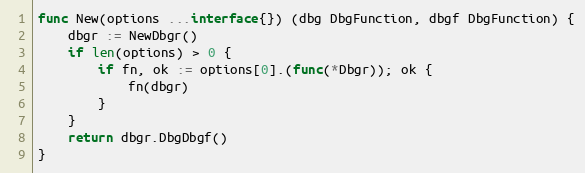
Language: Go
func New(options ...interface{}) (dbg DbgFunction, dbgf DbgFunction) {
	dbgr := NewDbgr()
	if len(options) > 0 {
		if fn, ok := options[0].(func(*Dbgr)); ok {
			fn(dbgr)
		}
	}
	return dbgr.DbgDbgf()
}